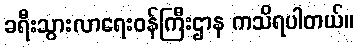
ခရီးသွားလာရေးဝန်ကြီးဌာန ကသိရပါတယ်။